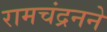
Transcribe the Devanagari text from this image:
रामचंद्रनने